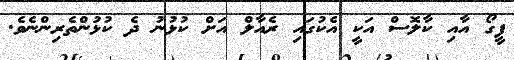
ފީގޯ އާއި ކާލޮސް އަކީ އެކުގައި ރެއާލް އަށް ކުޅުނު ދެ ކުޅުންތެރިންނެވެ.